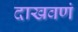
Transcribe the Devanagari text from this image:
दाखवणं